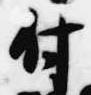
付